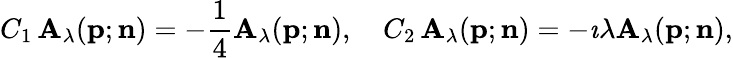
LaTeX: C_{1}\, \mathbf{A}_{\lambda}({\mathbf{p}};{\mathbf{n}})=-\frac{{1}}{{4}}\mathbf{A}_{\lambda}({\mathbf{p}};{\mathbf{n}}),\quad{C_{2}}\, \mathbf{A}_{\lambda}({\mathbf{p}};{\mathbf{n}})=-\imath{\lambda}\mathbf{A}_{\lambda}({\mathbf{p}};{\mathbf{n}}),